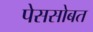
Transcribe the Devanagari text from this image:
पेससोबत